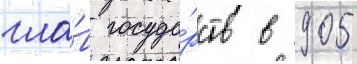
гла́в госуда́рств в 905